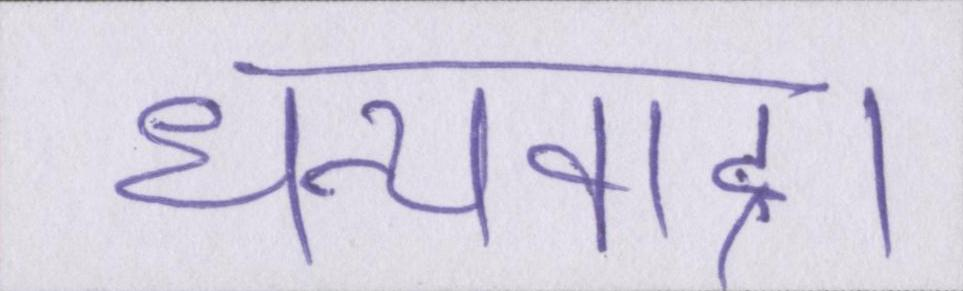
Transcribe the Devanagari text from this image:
धन्यवाद।